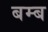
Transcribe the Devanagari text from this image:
बम्‍ब